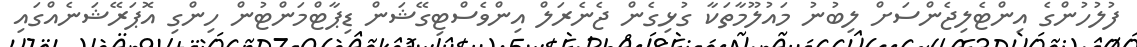
ފުލުހުންގެ އިންޓެލިޖެންސަށް ލިބުނު މައުލޫމާތަކާ ގުޅިގެން ޖެނެރަލް އިންވެސްޓިގޭޝަން ޑިޕާޓްމަންޓުން ހިންގި އޮޕަރޭޝަނެއްގައި